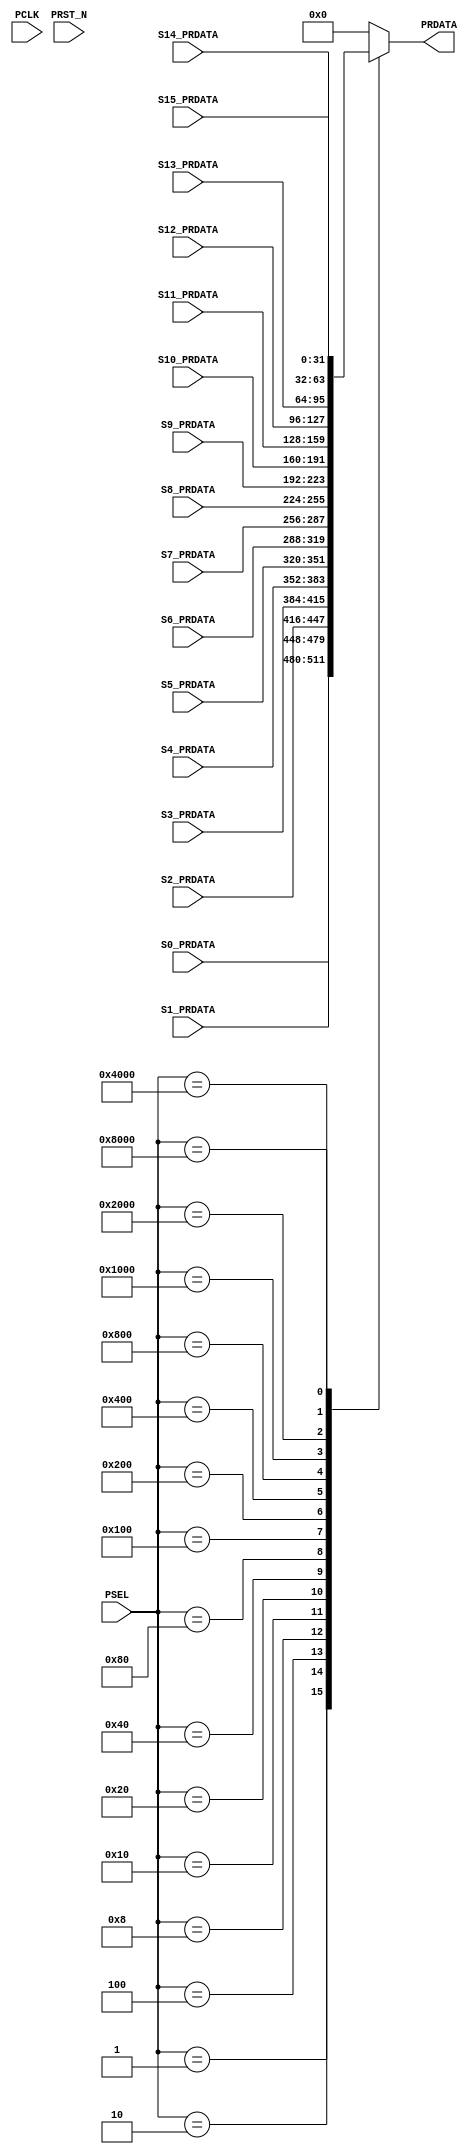
//================================================================================
// Description        : 
//                      
//                      
//================================================================================
module APB_MUX(
input         PCLK            , //clock
input         PRST_N          , //reset
input  [15:0] PSEL            , 
input  [31:0] S0_PRDATA       ,
input  [31:0] S1_PRDATA       ,
input  [31:0] S2_PRDATA       ,
input  [31:0] S3_PRDATA       ,
input  [31:0] S4_PRDATA       ,
input  [31:0] S5_PRDATA       ,
input  [31:0] S6_PRDATA       ,
input  [31:0] S7_PRDATA       ,
input  [31:0] S8_PRDATA       ,
input  [31:0] S9_PRDATA       ,
input  [31:0] S10_PRDATA      ,
input  [31:0] S11_PRDATA      ,
input  [31:0] S12_PRDATA      ,
input  [31:0] S13_PRDATA      ,
input  [31:0] S14_PRDATA      ,
input  [31:0] S15_PRDATA      ,
output [31:0] PRDATA           
);

reg    [31:0]iPRDATA         ;

always @(*) begin
    case(PSEL)
        16'b0000_0000_0000_0001 :  iPRDATA =  S0_PRDATA  ;
        16'b0000_0000_0000_0010 :  iPRDATA =  S1_PRDATA  ;
        16'b0000_0000_0000_0100 :  iPRDATA =  S2_PRDATA  ;
        16'b0000_0000_0000_1000 :  iPRDATA =  S3_PRDATA  ;
        16'b0000_0000_0001_0000 :  iPRDATA =  S4_PRDATA  ;
        16'b0000_0000_0010_0000 :  iPRDATA =  S5_PRDATA  ;
        16'b0000_0000_0100_0000 :  iPRDATA =  S6_PRDATA  ;
        16'b0000_0000_1000_0000 :  iPRDATA =  S7_PRDATA  ;
        16'b0000_0001_0000_0000 :  iPRDATA =  S8_PRDATA  ;
        16'b0000_0010_0000_0000 :  iPRDATA =  S9_PRDATA  ;
        16'b0000_0100_0000_0000 :  iPRDATA =  S10_PRDATA ;
        16'b0000_1000_0000_0000 :  iPRDATA =  S11_PRDATA ;
        16'b0001_0000_0000_0000 :  iPRDATA =  S12_PRDATA ;
        16'b0010_0000_0000_0000 :  iPRDATA =  S13_PRDATA ;
        16'b0100_0000_0000_0000 :  iPRDATA =  S14_PRDATA ;
        16'b1000_0000_0000_0000 :  iPRDATA =  S15_PRDATA ;
        default                 :  iPRDATA =  32'b0     ;
    endcase
end

assign  PRDATA = iPRDATA ;
endmodule